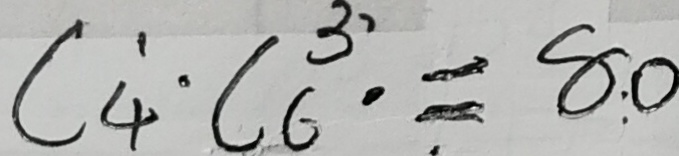
C _ { 4 } ^ { 1 } \cdot C _ { 6 } ^ { 3 } \cdot = 8 : 0